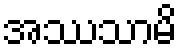
အဿသာမိ